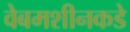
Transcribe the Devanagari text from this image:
वेबमशीनकडे